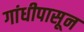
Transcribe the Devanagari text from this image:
गांधीपासून